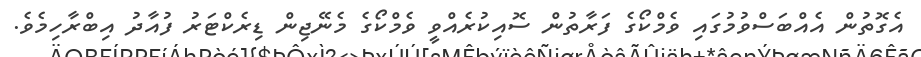
އެގޮތުން އެއްބަސްވުމުގައި ވެމްކޯގެ ފަރާތުން ސޮއިކުރެއްވީ ވެމްކޯގެ މެނޭޖިން ޑިރެކްޓަރު ފުއާދު އިބްރާހިމެވެ.